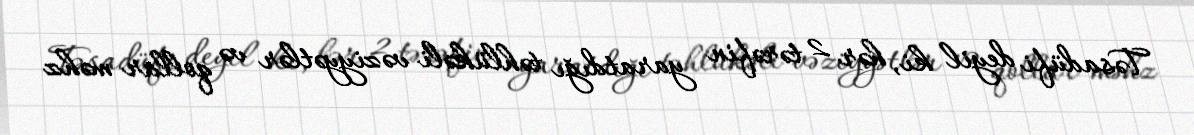
Təsadüfi deyil ki, hər 2 tərəfin yaratdığı təhlükəli vəziyyətlər və qollar məhz